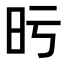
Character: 𣅙